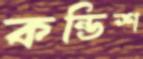
কন্ডিশ